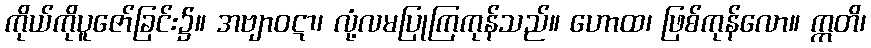
ကိုယ်ကိုပူဇော်ခြင်း၌။ အဗျာဝဋာ၊ လုံ့လမပြုကြကုန်သည်။ ဟောထ၊ ဖြစ်ကုန်လော။ ဣတိ၊